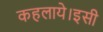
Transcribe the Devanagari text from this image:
कहलाये।इसी